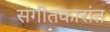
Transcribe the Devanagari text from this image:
संगीतकारांत